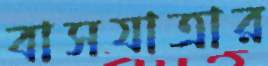
বাসযাত্রার